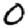
Digit: 0